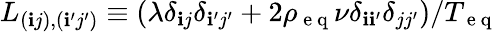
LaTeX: L_{(\mathbf{i}j),(\mathbf{i}^{\prime}j^{\prime})}\equiv(\lambda\delta_{\mathbf{i}j}\delta_{\mathbf{i}^{\prime}j^{\prime}}+2\rho_{\mathrm{{~e~q~}}}\nu\delta_{\mathbf{i}\mathbf{i}^{\prime}}\delta_{jj^{\prime}})/{T_{\mathrm{{~e~q~}}}}